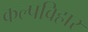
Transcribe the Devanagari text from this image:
कल्पविहार